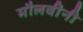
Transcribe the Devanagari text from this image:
मौलवींनी